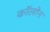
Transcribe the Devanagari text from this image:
काॅलोन